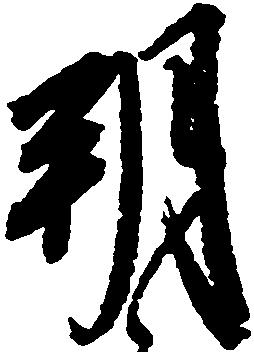
朔